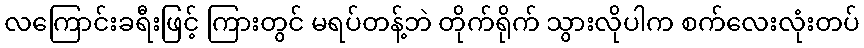
လကြောင်းခရီးဖြင့် ကြားတွင် မရပ်တန့်ဘဲ တိုက်ရိုက် သွားလိုပါက စက်လေးလုံးတပ်